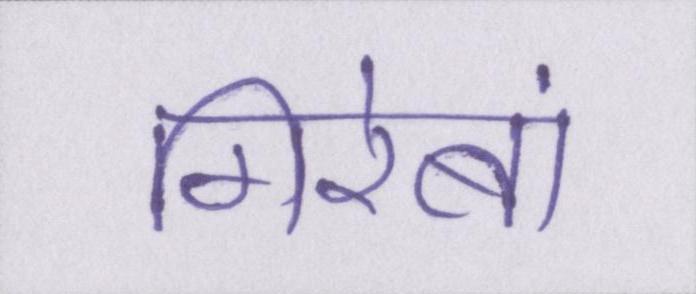
गिरेबां